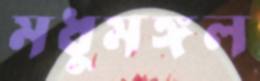
মধুমঙ্গল